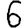
Digit: 6